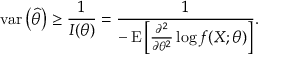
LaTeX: \operatorname { v a r } \left( { \widehat { \theta } } \right) \geq { \frac { 1 } { I ( \theta ) } } = { \frac { 1 } { - \operatorname { E } \left[ { \frac { \partial ^ { 2 } } { \partial \theta ^ { 2 } } } \log f ( X ; \theta ) \right] } } .